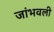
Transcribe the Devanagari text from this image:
जांभवली